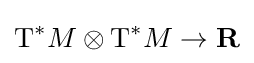
\mathrm {T} ^{*}M\otimes \mathrm {T} ^{*}M\to \mathbf {R}